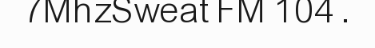
7MhzSweat FM 104 .